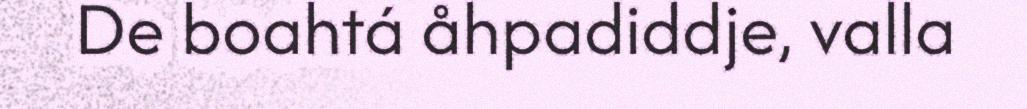
De boahtá åhpadiddje, valla